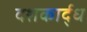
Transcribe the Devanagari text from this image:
दशकार्द्ध